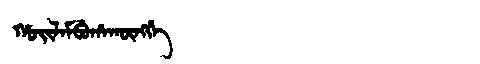
Manchu: ᡥᠣᡳᠯᠠᠮᠪᡠᡥᠠᡴᡡᠩᡤᡝ
Romanization: HOILAMBUHAKŪNGGE